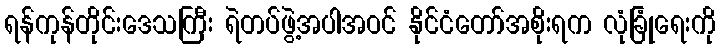
ရန်ကုန်တိုင်းဒေသကြီး ရဲတပ်ဖွဲ့အပါအဝင် နိုင်ငံတော်အစိုးရက လုံခြုံရေးကို